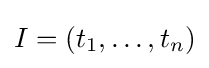
I=(t_{1},\ldots ,t_{n})